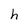
Character: h